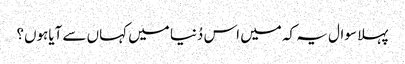
پہلا سوال یہ کہ میں اس دُنیا میں کہاں سے آیاہوں؟